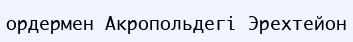
ордермен Акропольдегі Эрехтейон